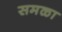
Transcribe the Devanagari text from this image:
समळा